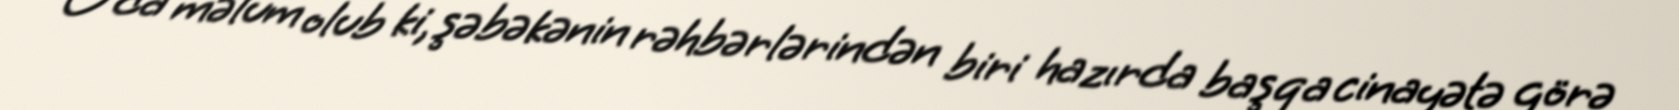
O da məlum olub ki, şəbəkənin rəhbərlərindən biri hazırda başqa cinayətə görə